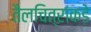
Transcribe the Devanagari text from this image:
तैलचित्रांकडे